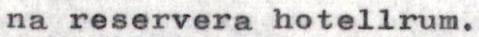
na reservera hotellrum.